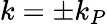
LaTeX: k=\pm k_{P}